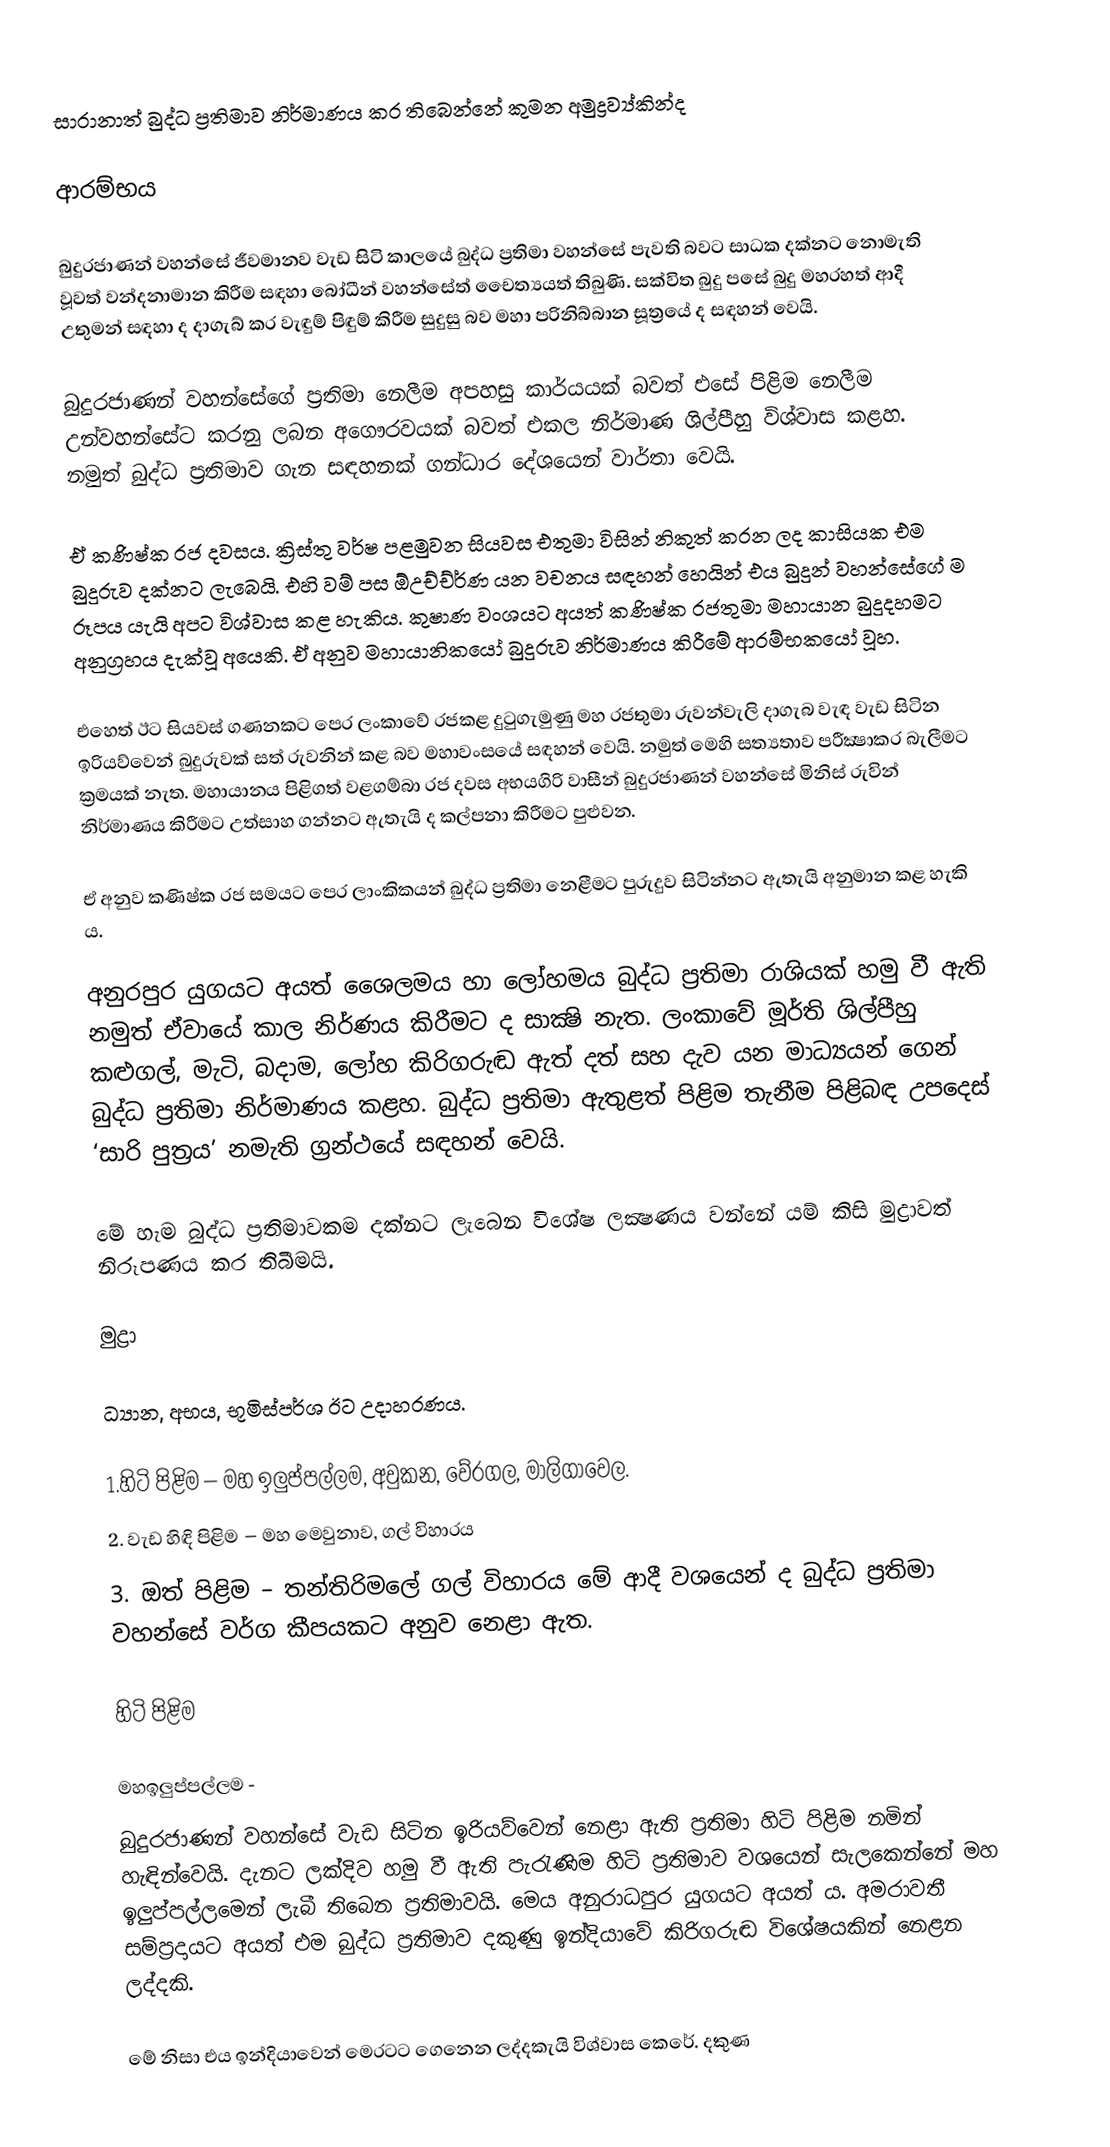
සාරානාත් බුද්ධ ප්‍රතිමාව නිර්මාණය කර තිබෙන්නේ කුමන අමුද්‍රව්‍ය්කින්ද

ආරම්භය

බුදුරජාණන් වහන්සේ ජීවමානව වැඩ සිටි කාලයේ බුද්ධ ප්‍රතිමා වහන්සේ පැවති බවට සාධක දක්නට නොමැති වූවත් වන්දනාමාන කිරීම සඳහා බෝධීන් වහන්සේත් චෛත්‍යයත් තිබුණි. සක්විත බුදු පසේ බුදු මහරහත් ආදී උතුමන් සඳහා ද දාගැබ් කර වැඳුම් පිඳුම් කිරීම සුදුසු බව මහා පරිනිබ්බාන සූත්‍රයේ ද සඳහන් වෙයි.

බුදුරජාණන් වහන්සේගේ ප්‍රතිමා නෙලීම අපහසු කාර්යයක් බවත් එසේ පිළිම නෙලීම උන්වහන්සේට කරනු ලබන අගෞරවයක් බවත් එකල නිර්මාණ ශිල්පීහු විශ්වාස කළහ. නමුත් බුද්ධ ප්‍රතිමාව ගැන සඳහනක් ගන්ධාර දේශයෙන් වාර්තා වෙයි.

ඒ කණිෂ්ක රජ දවසය. ක්‍රිස්තු වර්ෂ පළමුවන සියවස එතුමා විසින් නිකුත් කරන ලද කාසියක එම බුදුරුව දක්නට ලැබෙයි. එහි වම් පස ඕඋච්ච්ර්‍ණ යන වචනය සඳහන් හෙයින් එය බුදුන් වහන්සේගේ ම රූපය යැයි අපට විශ්වාස කළ හැකිය. කුෂාණ වංශයට අයත් කණිෂ්ක රජතුමා මහායාන බුදුදහමට අනුග්‍රහය දැක්වූ අයෙකි. ඒ අනුව මහායානිකයෝ බුදුරුව නිර්මාණය කිරීමේ ආරම්භකයෝ වූහ.

එහෙත් ඊට සියවස් ගණනකට පෙර ලංකාවේ රජකළ දුටුගැමුණු මහ රජතුමා රුවන්වැලි දාගැබ වැඳ වැඩ සිටින ඉරියව්වෙන් බුදුරුවක් සත් රුවනින් කළ බව මහාවංසයේ සඳහන් වෙයි. නමුත් මෙහි සත්‍යතාව පරීක්‍ෂාකර බැලීමට ක්‍රමයක් නැත. මහායානය පිළිගත් වළගම්බා රජ දවස අභයගිරි වාසීන් බුදුරජාණන් වහන්සේ මිනිස් රුවින් නිර්මාණය කිරීමට උත්සාහ ගන්නට ඇතැයි ද කල්පනා කිරීමට පුළුවන.

ඒ අනුව කණිෂ්ක රජ සමයට පෙර ලාංකිකයන් බුද්ධ ප්‍රතිමා නෙළීමට පුරුදුව සිටින්නට ඇතැයි අනුමාන කළ හැකි ය.

අනුරපුර යුගයට අයත් ශෛලමය හා ලෝහමය බුද්ධ ප්‍රතිමා රාශියක් හමු වී ඇති නමුත් ඒවායේ කාල නිර්ණය කිරීමට ද සාක්‍ෂි නැත. ලංකාවේ මූර්ති ශිල්පීහු කළුගල්, මැටි, බදාම, ලෝහ කිරිගරුඬ ඇත් දත් සහ දැව යන මාධ්‍යයන් ගෙන් බුද්ධ ප්‍රතිමා නිර්මාණය කළහ. බුද්ධ ප්‍රතිමා ඇතුළත් පිළිම තැනීම පිළිබඳ උපදෙස් ‘සාරි පුත්‍රය’ නමැති ග්‍රන්ථයේ සඳහන් වෙයි.

මේ හැම බුද්ධ ප්‍රතිමාවකම දක්නට ලැබෙන විශේෂ ලක්‍ෂණය වන්නේ යම් කිසි මුද්‍රාවත් නිරූපණය කර තිබීමයි.

මුද්‍රා

ධ්‍යාන, අභය, භූමිස්පර්ශ ඊට උදාහරණය.

1.හිටි පිළිම – මහ ඉලුප්පල්ලම, අවුකන, වේරගල, මාලිගාවෙල.
2. වැඩ හිඳි පිළිම – මහ මෙවුනාව, ගල් විහාරය
3. ඔත් පිළිම – තන්තිරිමලේ ගල් විහාරය මේ ආදී වශයෙන් ද බුද්ධ ප්‍රතිමා වහන්සේ වර්ග කීපයකට අනුව නෙළා ඇත.

හිටි පිළිම

මහඉලුප්පල්ලම -
බුදුරජාණන් වහන්සේ වැඩ සිටින ඉරියව්වෙන් නෙළා ඇති ප්‍රතිමා හිටි පිළිම නමින් හැඳින්වෙයි. දැනට ලක්දිව හමු වී ඇති පැරැණිම හිටි ප්‍රතිමාව වශයෙන් සැලකෙන්නේ මහ ඉලුප්පල්ලමෙන් ලැබී තිබෙන ප්‍රතිමාවයි. මෙය අනුරාධපුර යුගයට අයත් ය. අමරාවතී සම්ප්‍රදායට අයත් එම බුද්ධ ප්‍රතිමාව දකුණු ඉන්දියාවේ කිරිගරුඬ විශේෂයකින් නෙළන ලද්දකි.

මේ නිසා එය ඉන්දියාවෙන් මෙරටට ගෙනෙන ලද්දකැයි විශ්වාස කෙරේ. දකුණ